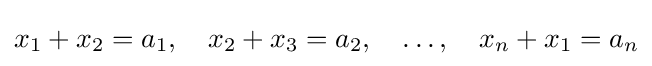
x_{1}+x_{2}=a_{1},\quad x_{2}+x_{3}=a_{2},\quad \ldots ,\quad x_{n}+x_{1}=a_{n}